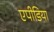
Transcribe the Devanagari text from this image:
एपीडिया